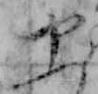
や